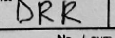
Transcription: DRR